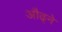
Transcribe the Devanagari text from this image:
औढ्ने